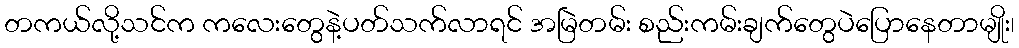
တကယ်လို့သင်က ကလေးတွေနဲ့ပတ်သက်လာရင် အမြဲတမ်း စည်းကမ်းချက်တွေပဲပြောနေတာမျိုး၊